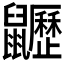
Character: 𪖍